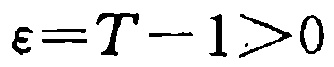
\(\varepsilon = T - 1 > 0\)